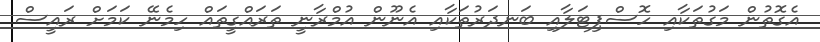
އެގޮތުން މަގުތަކާއި ހޮސްޕިޓަލާއި ބަނދަރުތަކާއި އެނޫން އުމްރާނީ ތަރައްގީތައް ހިމެނޭ ކަމަށް ރައީސް